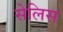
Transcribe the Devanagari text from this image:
सेलिस